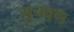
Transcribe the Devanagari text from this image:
सुचवण